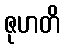
ဇုဟတိ